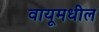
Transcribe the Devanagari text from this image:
वायूमधील